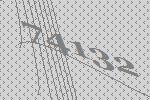
74132